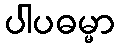
ပါပဓမ္မာ